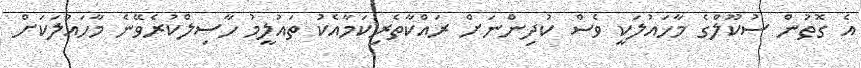
އެ ގޮތުން ސުކޫލްގެ މާހައުލަކީ ވެސް ކުދިންނަށް ރައްކާތެރިކަމާއެކު ތައުލީމު ހާސިލްކުރެވޭނެ މާހައުލަކަށް